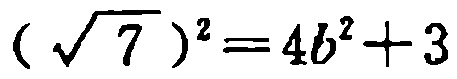
$(\sqrt{7})^{2}=4b^{2}+3$